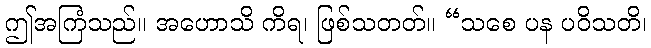
ဤအကြံသည်။ အဟောသိ ကိရ၊ ဖြစ်သတတ်။ “သစေ ပန ပဝိသတိ၊